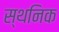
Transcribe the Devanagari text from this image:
स्थनिक